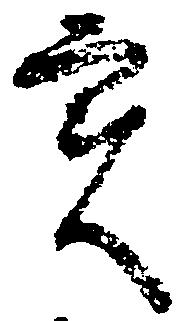
実